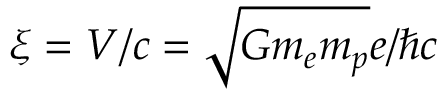
\xi = V / c = \sqrt { G m _ { e } m _ { p } } e / \hbar c